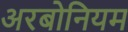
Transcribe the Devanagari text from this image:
अरबोनियम